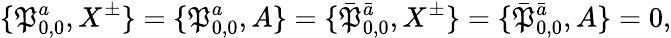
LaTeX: \{ {\cal\mathfrak{P}}_{0,0}^{a},X^{\pm}\} =\{ {\cal\mathfrak{P}}_{0,0}^{a},A\} =\{ \bar{{{\cal\mathfrak{P}}}}_{0,0}^{\bar{{a}}},X^{\pm}\} =\{ \bar{{{\cal\mathfrak{P}}}}_{0,0}^{\bar{{a}}},A\} =0,